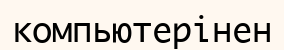
компьютерінен